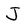
Character: J